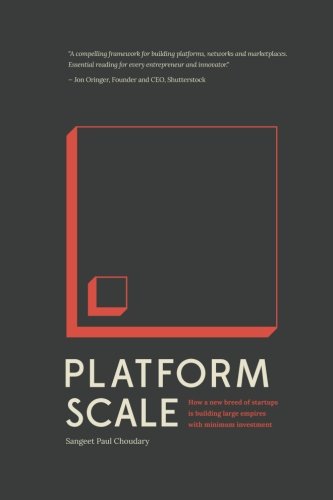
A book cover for Platform Scale: How an emerging business model helps startups build large empires with minimum investment; Sangeet Paul Choudary; Business & Money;